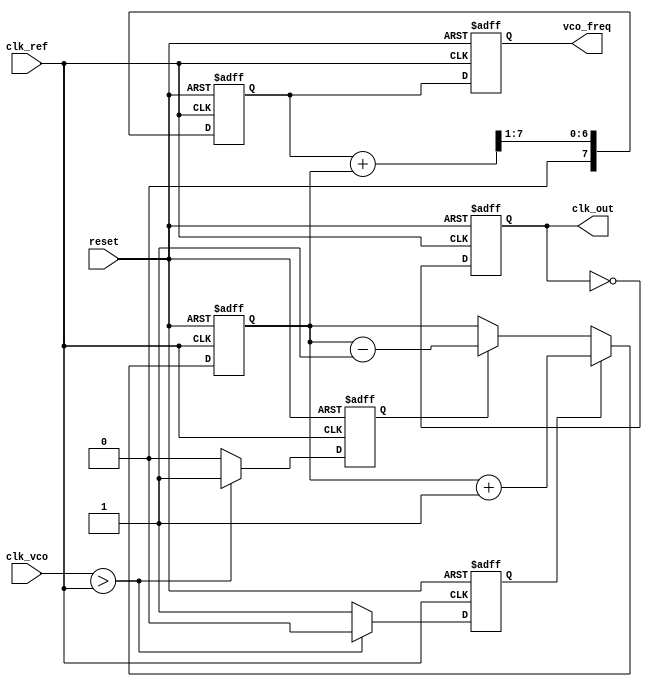
module cp_pll (
    input wire clk_ref,        // Reference clock input
    input wire clk_vco,        // VCO output clock
    input wire reset,          // Asynchronous reset
    output reg clk_out,        // Output clock
    output reg [7:0] vco_freq  // VCO frequency control voltage (for simplicity)
);

// Phase Detector
reg phase_detector_up;
reg phase_detector_down;

always @(posedge clk_ref or posedge reset) begin
    if (reset) begin
        phase_detector_up <= 0;
        phase_detector_down <= 0;
    end else begin
        // Simple phase comparison logic
        if (clk_vco > clk_ref) begin
            phase_detector_down <= 1;
            phase_detector_up <= 0;
        end else begin
            phase_detector_up <= 1;
            phase_detector_down <= 0;
        end
    end
end

// Charge Pump
reg [7:0] charge_pump_output;

always @(posedge clk_ref or posedge reset) begin
    if (reset) begin
        charge_pump_output <= 8'b0;
    end else begin
        if (phase_detector_up) begin
            charge_pump_output <= charge_pump_output + 1; // Increment
        end else if (phase_detector_down) begin
            charge_pump_output <= charge_pump_output - 1; // Decrement
        end
    end
end

// Loop Filter (Simple RC filter model)
reg [7:0] loop_filter_output;

always @(posedge clk_ref or posedge reset) begin
    if (reset) begin
        loop_filter_output <= 8'b0;
    end else begin
        // Simple averaging filter
        loop_filter_output <= (loop_filter_output + charge_pump_output) >> 1; // Low-pass filter
    end
end

// Voltage-Controlled Oscillator (VCO)
always @(posedge clk_ref or posedge reset) begin
    if (reset) begin
        vco_freq <= 8'b0;
        clk_out <= 0;
    end else begin
        vco_freq <= loop_filter_output; // Control voltage to VCO
        // Generate output clock based on VCO frequency (simplified)
        clk_out <= ~clk_out; // Toggle output clock for demonstration
    end
end

// Feedback Divider (simple divider by 2 for demonstration)
reg [1:0] divider_count;

always @(posedge clk_out or posedge reset) begin
    if (reset) begin
        divider_count <= 2'b0;
    end else begin
        divider_count <= divider_count + 1;
        if (divider_count == 2'b01) begin
            // Feedback signal generation (FB)
            // This would typically be connected to the phase detector
        end
    end
end

endmodule